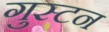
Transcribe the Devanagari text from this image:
गुस्टन